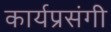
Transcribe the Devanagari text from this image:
कार्यप्रसंगी